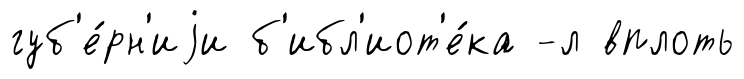
губ'е́рн'иjи б'ибл'иот'е́ка -л вплоть